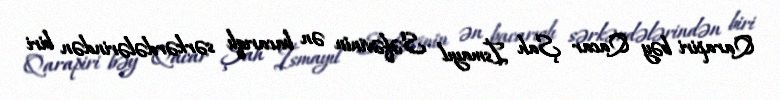
Qarapiri bəy Qacar Şah İsmayıl Səfəvinin ən bacarıqlı sərkərdələrindən biri